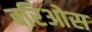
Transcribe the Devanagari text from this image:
बरिओस